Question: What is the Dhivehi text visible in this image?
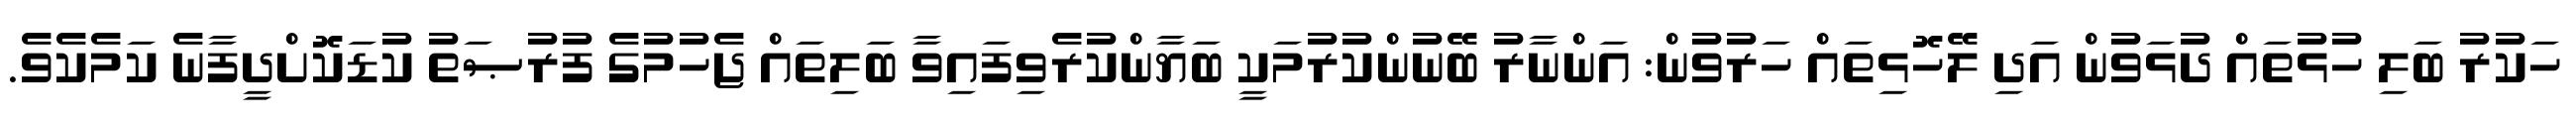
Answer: ހަކުރު ބަލި ހުޅުތައް ދުޅަވުން އަދި ލޭހޮޅިތައް ހަރުވުން: އަންނާރު ބޭނުންކުރުމަކީ ބަޔާންކުރެވިފައިވާ ބަލިތައް ޖެހުމުގެ ފުރުޞަތު ކުޑަކޮށްދީފާނެ ކަމެކެވެ.